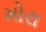
મોરા